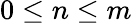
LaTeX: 0\leq n\leq m